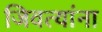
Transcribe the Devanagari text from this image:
जिवत्यांना